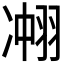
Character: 𮶍